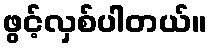
ဖွင့်လှစ်ပါတယ်။